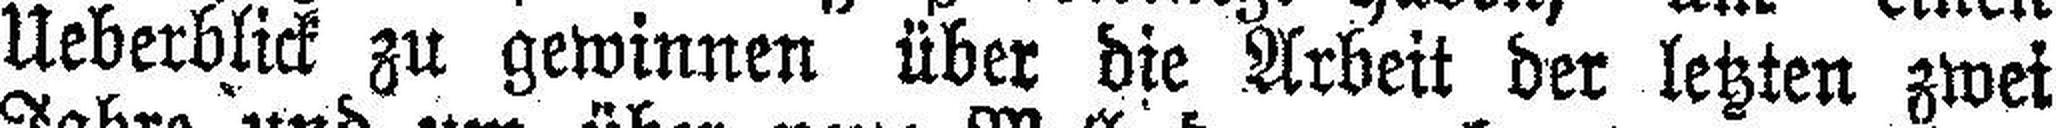
Ueberblick zu gewinnen über die Arbeit der letzten zwei